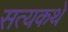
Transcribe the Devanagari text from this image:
सत्यकथे